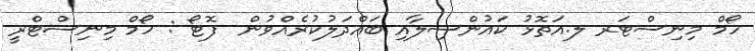
ހޯމް މިނިސްޓަރ ލ.އަތޮޅު ކައުންސިލާއި ބައްދަލުކުރެއްވުން  ފޮޓޯ : ހޯމް މިނިސްޓްރީ